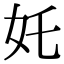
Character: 奼